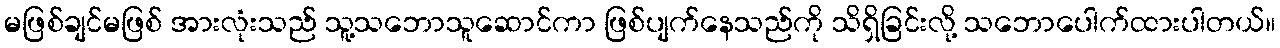
မဖြစ်ချင်မဖြစ် အားလုံးသည် သူ့သဘောသူဆောင်ကာ ဖြစ်ပျက်နေသည်ကို သိရှိခြင်းလို့ သဘောပေါက်ထားပါတယ်။